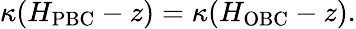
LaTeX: \kappa(H_{\mathrm{PBC}}-z)=\kappa(H_{\mathrm{OBC}}-z).